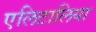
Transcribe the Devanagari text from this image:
एलिटालिया